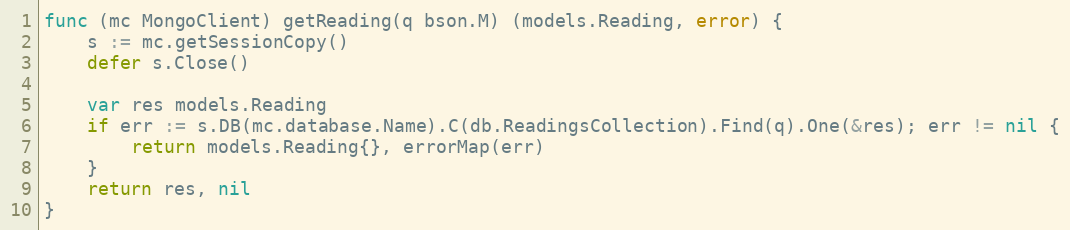
Language: Go
func (mc MongoClient) getReading(q bson.M) (models.Reading, error) {
	s := mc.getSessionCopy()
	defer s.Close()

	var res models.Reading
	if err := s.DB(mc.database.Name).C(db.ReadingsCollection).Find(q).One(&res); err != nil {
		return models.Reading{}, errorMap(err)
	}
	return res, nil
}